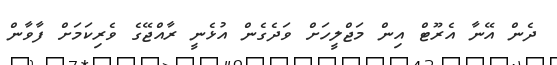
ދެން އޭނާ އެރޫޓް އިން މަޖްލީހަށް ވަދެގެން އުޅެނީ ރާއްޖޭގެ ވެރިކަމަށް ފާވާން